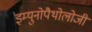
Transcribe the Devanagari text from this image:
इम्युनोपैथोलोजी